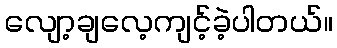
လျော့ချလေ့ကျင့်ခဲ့ပါတယ်။